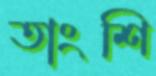
তাংশি